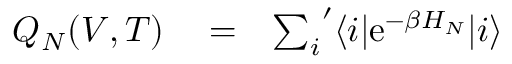
\begin{array} { r l r } { Q _ { N } ( V , T ) } & { { } = } & { { \sum _ { i } } ^ { \prime } \langle i | \mathrm { e } ^ { - \beta H _ { N } } | i \rangle } \end{array}